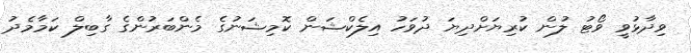
ވިދާޅުވީ ވޯޓު ލުން ކުރިޔަށްދިޔަ ދުވަހު އިލެކްޝަން ކޮމިޝަނުގެ މެންބަރުންގެ ގާބިލް ކަމާމެދު